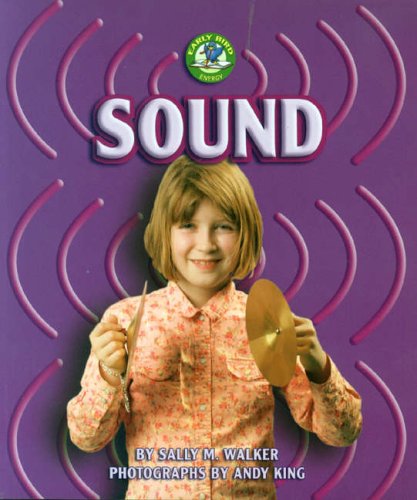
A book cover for Sound (Early Bird Energy); Sally M. Walker; Children's Books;